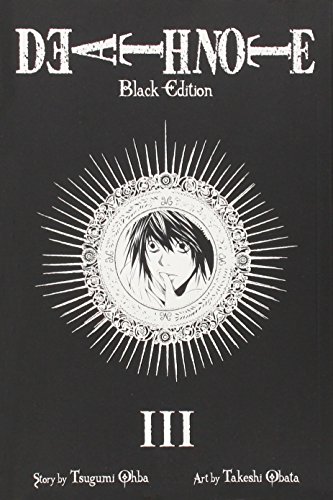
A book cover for Death Note Black Edition, Vol. 3; Tsugumi Ohba; Comics & Graphic Novels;